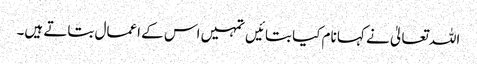
اللہ تعالیٰ نے کہا نام کیا بتائیں تمہیں اس کے اعمال بتاتے ہیں۔